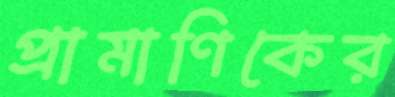
প্রামাণিকের